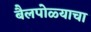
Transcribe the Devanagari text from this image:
बैलपोळ्याचा